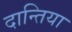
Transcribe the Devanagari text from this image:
दान्तिया